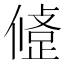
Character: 𢿅